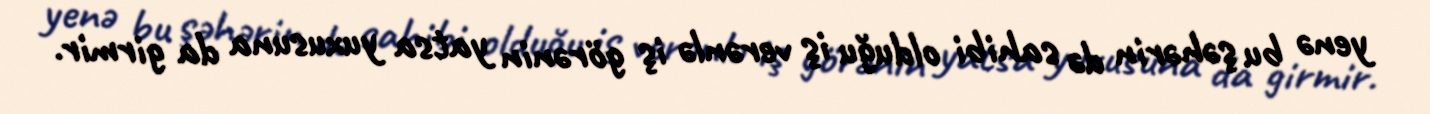
yenə bu şəhərin də sahibi olduğu iş verənlə iş görənin yatsa yuxusuna da girmir.